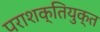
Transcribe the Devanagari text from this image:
पराशक्तियुक्त